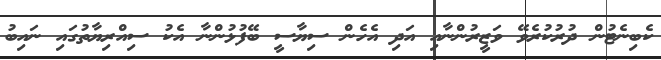
ކެބިނެޓުން ދުރުކުރެވޭ ވަޒީރުންނާއި އަދި އެހެން ސިޔާސީ ބޭފުޅުންނާ އެކު ސިއްރިޔާތުގައި ނައިބު